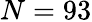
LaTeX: N=93